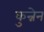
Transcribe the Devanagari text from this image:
कुन्नेन